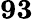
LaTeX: \mathbf{93}